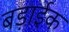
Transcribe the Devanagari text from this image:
बड़ाईक